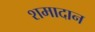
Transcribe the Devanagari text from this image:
शमादान